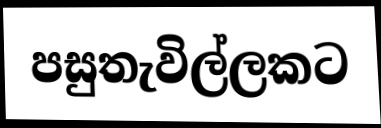
පසුතැවිල්ලකට